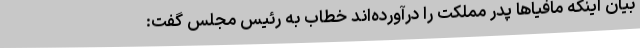
بیان اینکه مافیاها پدر مملکت را درآورده‌اند خطاب به رئیس مجلس گفت: